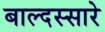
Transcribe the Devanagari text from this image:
बाल्दस्सारे